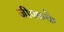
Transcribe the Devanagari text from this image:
जीएफके